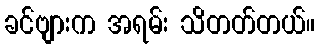
ခင်ဗျားက အရမ်း သိတတ်တယ်။